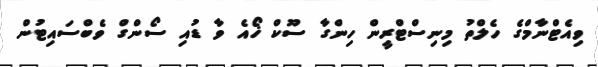
ވިއެޓްނާމްގެ ހެލްތު މިނިސްޓްރީން ހިންގާ ސޫކް ޚޯއެ ވާ ޑުއި ސޯންގް ވެބްސައިޓުން